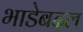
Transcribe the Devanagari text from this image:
भाडेबदल